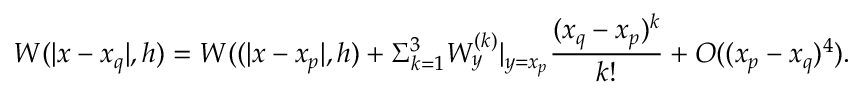
W ( | x - x _ { q } | , h ) = W ( ( | x - x _ { p } | , h ) + \Sigma _ { k = 1 } ^ { 3 } { W _ { y } ^ { ( k ) } | _ { y = x _ { p } } \frac { ( x _ { q } - x _ { p } ) ^ { k } } { k ! } } + { \cal O } ( ( x _ { p } - x _ { q } ) ^ { 4 } ) .